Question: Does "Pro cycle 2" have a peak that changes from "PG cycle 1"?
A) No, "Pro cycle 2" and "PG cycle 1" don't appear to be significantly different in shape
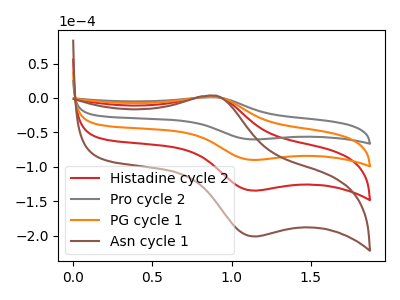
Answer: <think>The red curve "Histadine cycle 2" has an anodic peak at (0.90V, 2.95uA) and a cathodic peak at (1.15V, -180.15uA). The gray curve "Pro cycle 2" has an anodic peak at (0.90V, 1.00uA) and a cathodic peak at (1.15V, -60.25uA). The orange curve "PG cycle 1" has an anodic peak at (0.90V, 1.45uA) and a cathodic peak at (1.15V, -90.10uA). The brown curve "Asn cycle 1" has an anodic peak at (0.90V, 4.40uA) and a cathodic peak at (1.15V, -270.25uA).
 All the peaks in "Pro cycle 2" have a peak in "PG cycle 1" at the same potential. Every peak in "Pro cycle 2" is lower than every peak in "PG cycle 1".</think>
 <answer>A) No, "Pro cycle 2" and "PG cycle 1" don't appear to be significantly different in shape</answer>
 <eval>A</eval>